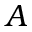
A